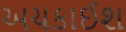
અચકાઈશ